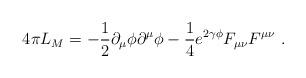
LaTeX: \begin{align*}4 \pi L_M=-\frac{1}{2}\partial_\mu \phi \partial^\mu \phi -\frac{1}{4} e^{2 \gamma \phi } F_{\mu\nu} F^{\mu\nu}\ . \end{align*}